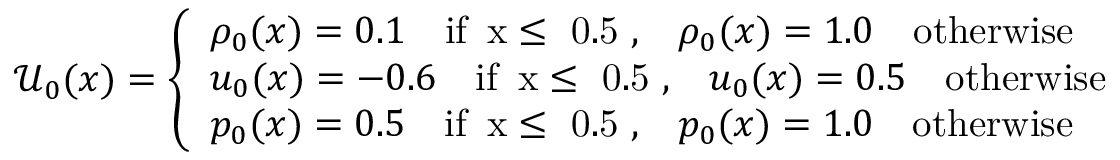
\mathcal { U } _ { 0 } ( x ) = \left\{ \begin{array} { l l } { \rho _ { 0 } ( x ) = 0 . 1 \quad \mathrm { i f ~ \, x \leq ~ 0 . 5 ~ , } \quad \rho _ { 0 } ( x ) = 1 . 0 \quad \mathrm { o t h e r w i s e } } \\ { u _ { 0 } ( x ) = - 0 . 6 \quad \mathrm { i f ~ \, x \leq ~ 0 . 5 ~ , } \quad u _ { 0 } ( x ) = 0 . 5 \quad \mathrm { o t h e r w i s e } } \\ { p _ { 0 } ( x ) = 0 . 5 \quad \mathrm { i f ~ \, x \leq ~ 0 . 5 ~ , } \quad p _ { 0 } ( x ) = 1 . 0 \quad \mathrm { o t h e r w i s e } } \end{array} \right.